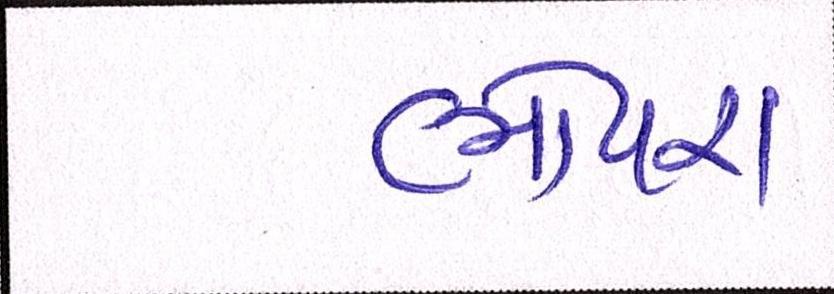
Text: ભોયરા